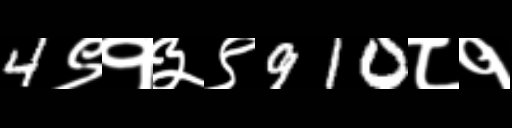
Text: 4९१३९910८१